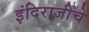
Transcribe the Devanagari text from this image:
इंदिराजींचे